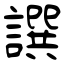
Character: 譔